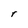
Character: r